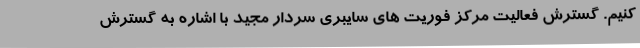
کنیم. گسترش فعالیت مرکز فوریت های سایبری سردار مجید با اشاره به گسترش